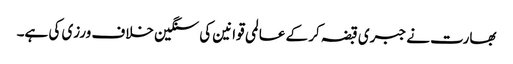
بھارت نے جبری قبضہ کر کے عالمی قوانین کی سنگین خلاف ورزی کی ہے۔